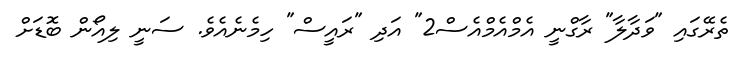
ތެރޭގައި "ވަދާލާ" ރާގްނީ އެމްއެމްއެސް2" އަދި "ރައީސް" ހިމެނެއެވެ. ސަނީ ލިއޯން ބޮޑަށް